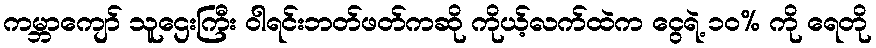
ကမ္ဘာကျော် သူဌေးကြီး ဝါရင်းဘတ်ဖတ်ကဆို ကိုယ့်လက်ထဲက ငွေရဲ့ ၁၀% ကို ရေတို